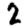
Digit: 2